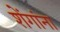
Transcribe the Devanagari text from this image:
शेंगांना